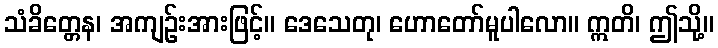
သံခိတ္တေန၊ အကျဉ်းအားဖြင့်။ ဒေသေတု၊ ဟောတော်မူပါလော။ ဣတိ၊ ဤသို့။